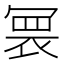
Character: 𭂀